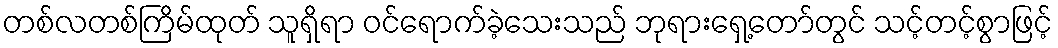
တစ်လတစ်ကြိမ်ထုတ် သူရှိရာ ဝင်ရောက်ခဲ့သေးသည် ဘုရားရှေ့တော်တွင် သင့်တင့်စွာဖြင့်